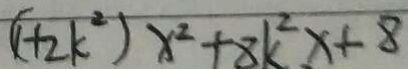
( 1 + 2 k ^ { 2 } ) x ^ { 2 } + 8 k ^ { 2 } x + 8